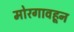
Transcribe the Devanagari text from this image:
मोरगावहून